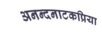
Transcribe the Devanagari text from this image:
अनन्दनाटकप्रिया